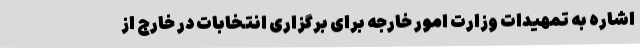
اشاره به تمهیدات وزارت امور خارجه برای برگزاری انتخابات در خارج از